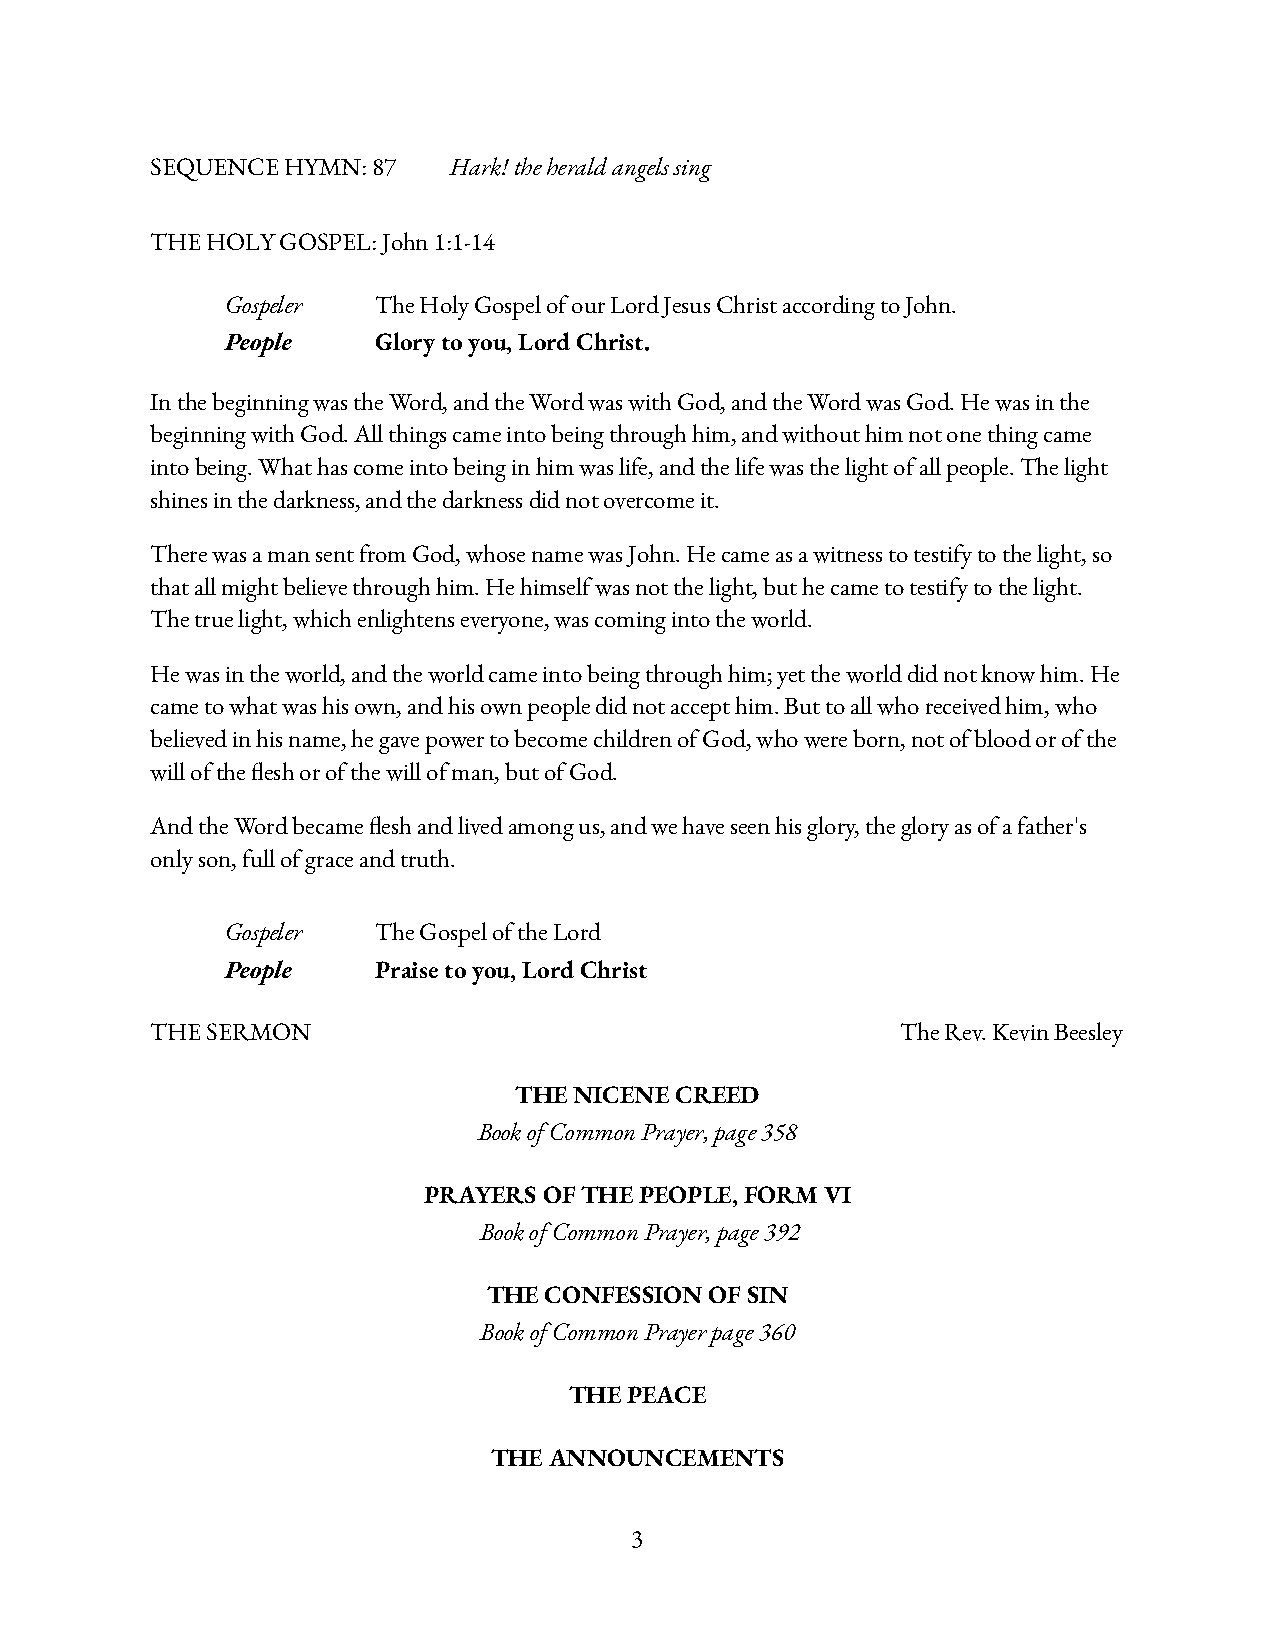
SEQUENCE HYMN: 87   Hark! the herald angels sing
 THE HOLY GOSPEL: John 1:1-14
 Gospeler  The Holy Gospel of our Lord Jesus Christ according to John.
 People    Glory to you, Lord Christ.
 In the beginning was the Word, and the Word was with God, and the Word was God. He was in the
 beginning with God. All things came into being through him, and without him not one thing came
 into being. What has come into being in him was life, and the life was the light of all people. The light
 shines in the darkness, and the darkness did not overcome it.
 There was a man sent from God, whose name was John. He came as a witness to testify to the light, so
 that all might believe through him. He himself was not the light, but he came to testify to the light.
 The true light, which enlightens everyone, was coming into the world.
 He was in the world, and the world came into being through him; yet the world did not know him. He
 came to what was his own, and his own people did not accept him. But to all who received him, who
 believed in his name, he gave power to become children of God, who were born, not of blood or of the
 will of the esh or of the will of man, but of God.
 And the Word became esh and lived among us, and we have seen his glory, the glory as of a father's
 only son, full of grace and truth.
 Gospeler  The Gospel of the Lord
 People    Praise to you, Lord Christ
 THE SERMON                                        The Rev. Kevin Beesley
 THE NICENE CREED
 Book of Common Prayer, page 358
 PRAYERS OF THE PEOPLE, FORM VI
 Book of Common Prayer, page 392
 THE CONFESSION OF SIN
 Book of Common Prayer page 360
 THE PEACE
 THE ANNOUNCEMENTS
 3